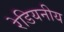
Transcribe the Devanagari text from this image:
रेडियनीय